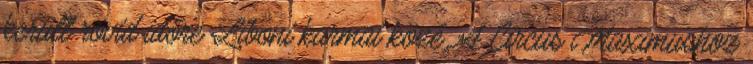
került rövid időre Liboni karmai közé. A Circus Maximushoz